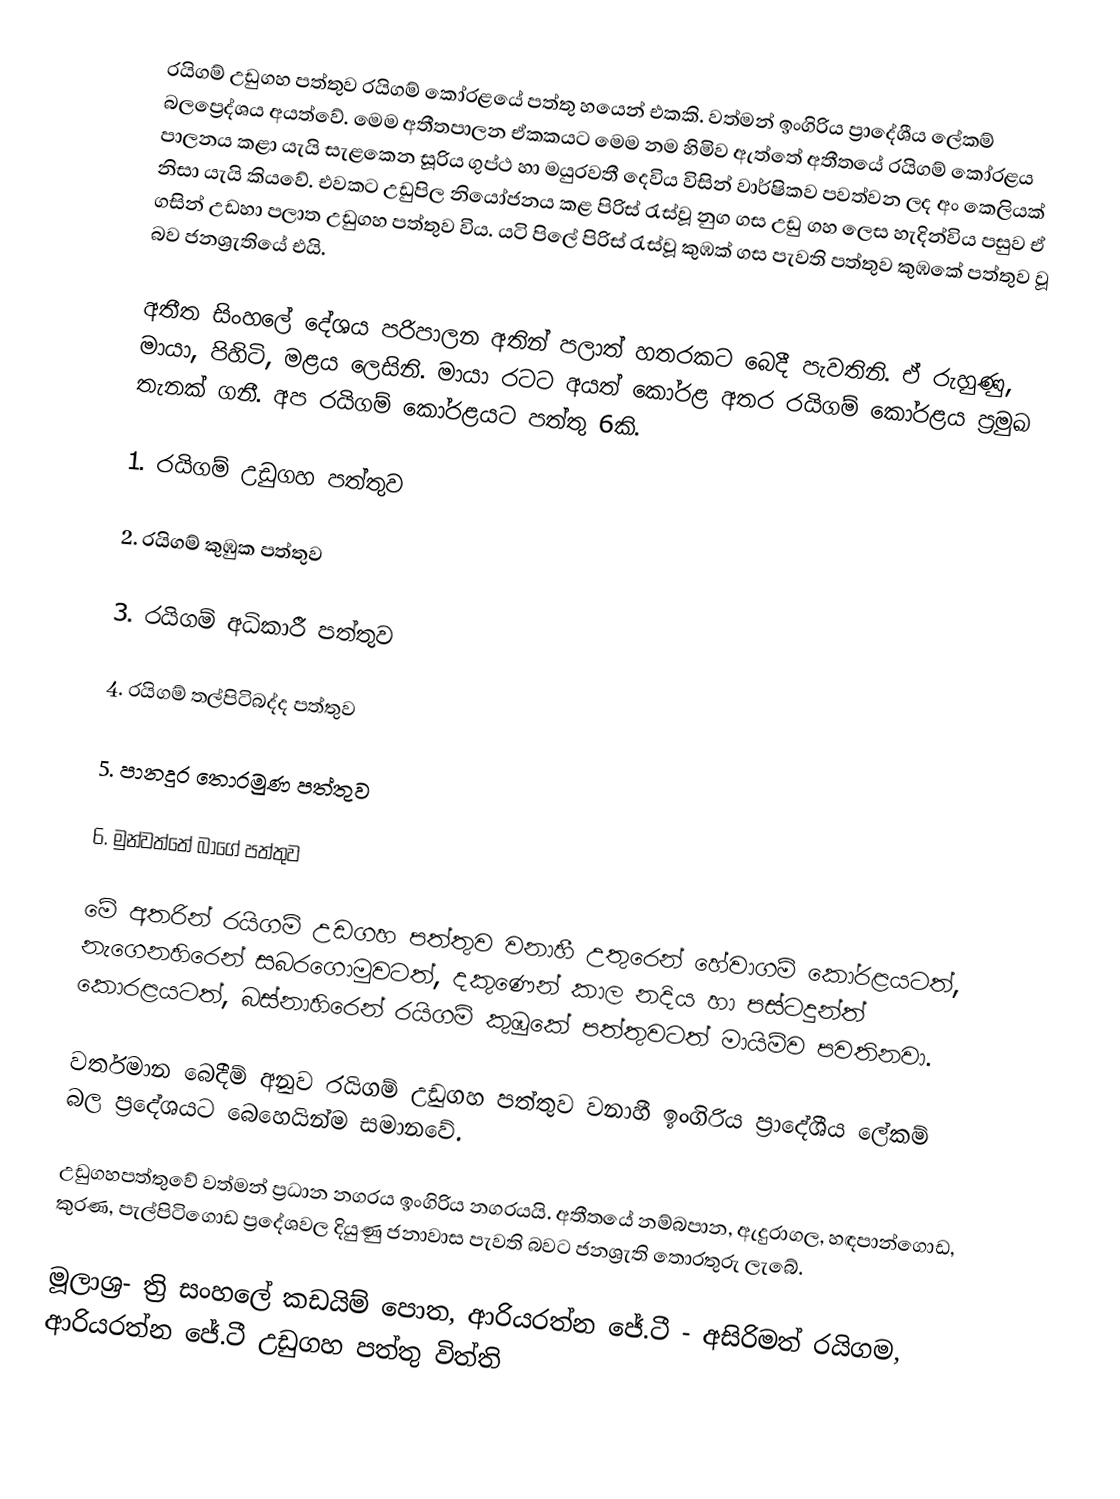
රයිගම් උඩුගහ පත්තුව රයිගම් කෝරළයේ පත්තු හයෙන් එකකි. වත්මන් ඉංගිරිය ප්‍රාදේශීය ලේකම් බලප්‍රෙද්ශය අයත්වේ. මෙම අතීතපාලන ඒකකයට මෙම නම හිමිව ඇත්තේ අතීතයේ රයිගම් කෝරළය පාලනය කළා යැයි සැළකෙන සූරිය ගුප්ථ හා මයුරවතී දෙවිය විසින් වාර්ෂිකව පවත්වන ලද අං කෙලියක් නිසා යැයි කියවේ. එවකට උඩුපිල නියෝජනය කළ පිරිස් රැස්වූ නුග ගස උඩු ගහ ලෙස හැදින්විය පසුව ඒ ගසින් උඩහා පලාත උඩුගහ පත්තුව විය. යටි පිලේ පිරිස් රැස්වූ කුඹක් ගස පැවති පත්තුව කුඹකේ පත්තුව වූ බව ජනශ්‍රැතියේ එයි.

අතීත සිංහලේ දේශය පරිපාලන අතින් පලාත් හතරකට බෙදී පැවතිනි. ඒ රුහුණු, මායා, පිහිටි, මළය ලෙසිනි. මායා රටට අයත් කෝරළ අතර රයිගම් කෝරළය ප්‍රමුඛ තැනක් ගනී. අප රයිගම් කෝරළයට පත්තු 6කි.

1. රයිගම් උඩුගහ පත්තුව

2. රයිගම් කුඹුක පත්තුව

3. රයිගම් අධිකාරී පත්තුව

4. රයිගම් තල්පිටිබද්ද පත්තුව

5. පානදුර තොරමුණ පත්තුව

6. මුන්වත්තේ බාගේ පත්තුව

මේ අතරින් රයිගම් උඩගහ පත්තුව වනාහී උතුරෙන් හේවාගම් කෝරළයටත්, නැගෙනහිරෙන් සබරගොමුවටත්, දකුණෙන් කාල නදිය හා පස්ටදුන්ත් කොරළයටත්, බස්නාහිරෙන් රයිගම් කුඹුකේ පත්තුවටත් මායිම්ව පවතිනවා.

වර්තමාන බෙදීම් අනුව රයිගම් උඩුගහ පත්තුව වනාහී ඉංගිරිය ප්‍රාදේශීය ලේකම් බල ප්‍රදේශයට බෙහෙයින්ම සමානවේ.

උඩුගහපත්තුවේ වත්මන් ප්‍රධාන නගරය ඉංගිරිය නගරයයි. අතීතයේ නම්බපාන, ඇදුරාගල, හඳපාන්ගොඩ, කුරණ, පැල්පිටිගොඩ ප්‍රදේශවල දියුණු ජනාවාස පැවති බවට ජනශ්‍රැති තොරතුරු ලැබේ.

මූලාශ්‍ර- ත්‍රි සංහලේ කඩයිම් පොත, ආරියරත්න ජේ.ටී - අසිරිමත් රයිගම, ආරියරත්න ජේ.ටී උඩුගහ පත්තු විත්ති